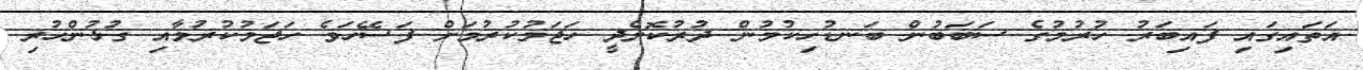
އަތައިގައި ފައިބަރު ހުރުމުގެ ސަބަބުން ބަނޑުހިކުމުން ދުރުކޮށްދީ ހަޖަމުކުރުމަށް ފަސޭހަވެ ހަޖަމުކުރުމާއި ގުޅުންހުރި